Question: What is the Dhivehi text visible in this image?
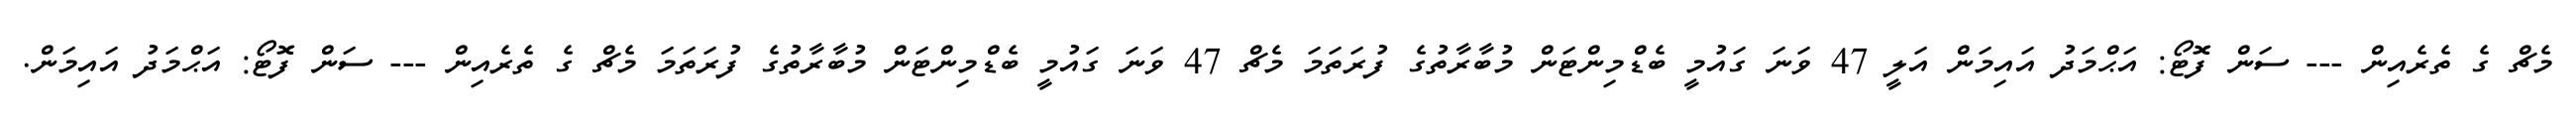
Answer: މެޗް ގެ ތެރެއިން --- ސަން ފޮޓޯ: އަޙްމަދު އައިމަން އަލީ 47 ވަނަ ގައުމީ ބެޑްމިންޓަން މުބާރާތުގެ ފުރަތަމަ މެޗް 47 ވަނަ ގައުމީ ބެޑްމިންޓަން މުބާރާތުގެ ފުރަތަމަ މެޗް ގެ ތެރެއިން --- ސަން ފޮޓޯ: އަޙްމަދު އައިމަން.